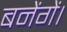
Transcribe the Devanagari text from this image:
बनेंगें।